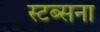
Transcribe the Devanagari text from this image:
स्टब्सना